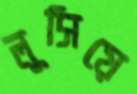
লুসিয়ে